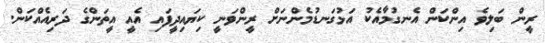
ރީން ބަލިވެ އިންކަން އެނގުމާއެކު އަޅުގަނޑުމެންނަށް ރީންވަނީ ކިޔައިދީފައި އެއީ އީތަންގެ ދަރިއެއްކަން.